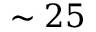
\sim 2 5